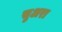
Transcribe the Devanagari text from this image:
सुअरा